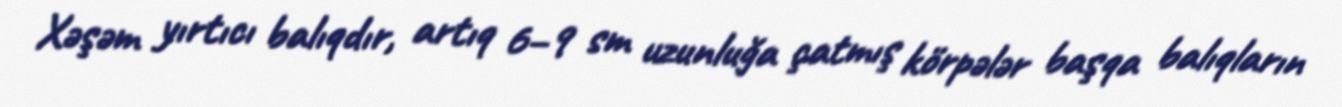
Xəşəm yırtıcı balıqdır, artıq 6–9 sm uzunluğa çatmış körpələr başqa balıqların